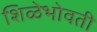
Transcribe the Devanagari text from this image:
शिळेभोवती